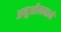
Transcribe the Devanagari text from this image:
अनुशीलनाने